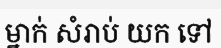
ម្នាក់ សំរាប់ យក ទៅ